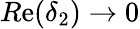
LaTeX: R\mathrm{e}(\delta_{2})\rightarrow0